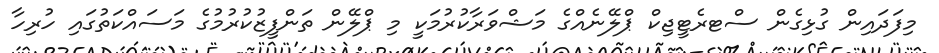
މިފަދައިން ގުޅިގެން ސްޓރެޓީޖިކް ޕްލޭނެއްގެ މަޝްވަރާކުރުމަކީ މި ޕްލޭން ތަންފީޒުކުރުމުގެ މަސައްކަތުގައި ހުރިހާ